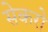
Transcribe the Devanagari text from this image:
सेकरो